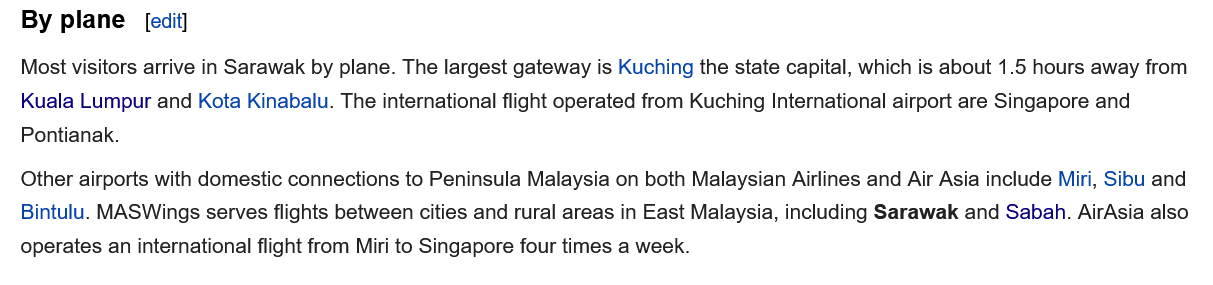
By plane
   Most visitors arrive in Sarawak by plane. The largest gateway is Kuching the state capital, which is about 1.5 hours away from
   Kuala Lumpur and Kota Kinabalu. The international flight operated from Kuching International airport are Singapore and
   Pontianak.
  Other airports with domestic connections to Peninsula Malaysia on both Malaysian Airlines and Air Asia include Miri, Sibu and
   Bintulu. MASWings serves flights between cities and rural areas in East Malaysia, including Sarawak and Saban. AirAsia also
  operates an international flight from Miri to Singapore four times a week.
     [edit]